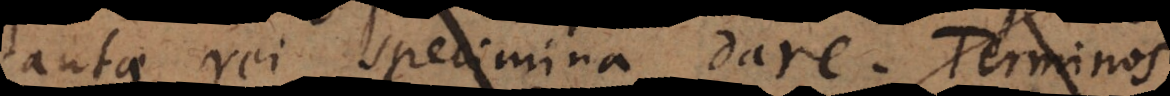
tantae rei specimina dare. Terminos